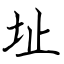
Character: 址